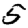
Digit: 5